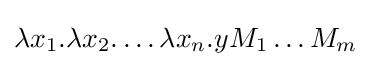
\lambda x_{1}.\lambda x_{2}.\ldots \lambda x_{n}.yM_{1}\ldots M_{m}